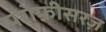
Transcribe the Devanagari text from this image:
परोफ़ीसरज़